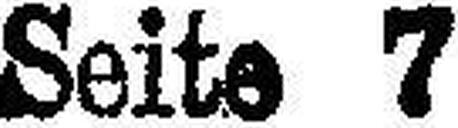
Seite 7